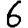
Digit: 6